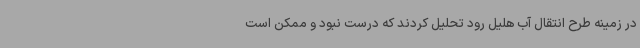
در زمینه طرح انتقال آب هلیل رود تحلیل کردند که درست نبود و ممکن است